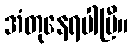
အံတုနေရပါပြီ။